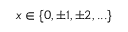
x \in \{ 0 , \pm 1 , \pm 2 , . . . \}